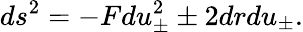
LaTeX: ds^{2}=-Fdu_{\pm}^{2}\pm 2drdu_{\pm}.